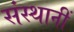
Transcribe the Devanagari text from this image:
संस्थानीं